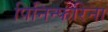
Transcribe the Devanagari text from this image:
पिनिन्फरिना